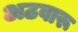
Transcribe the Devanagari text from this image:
अठवारू